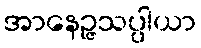
အာနေဉ္ဇသပ္ပါယာ